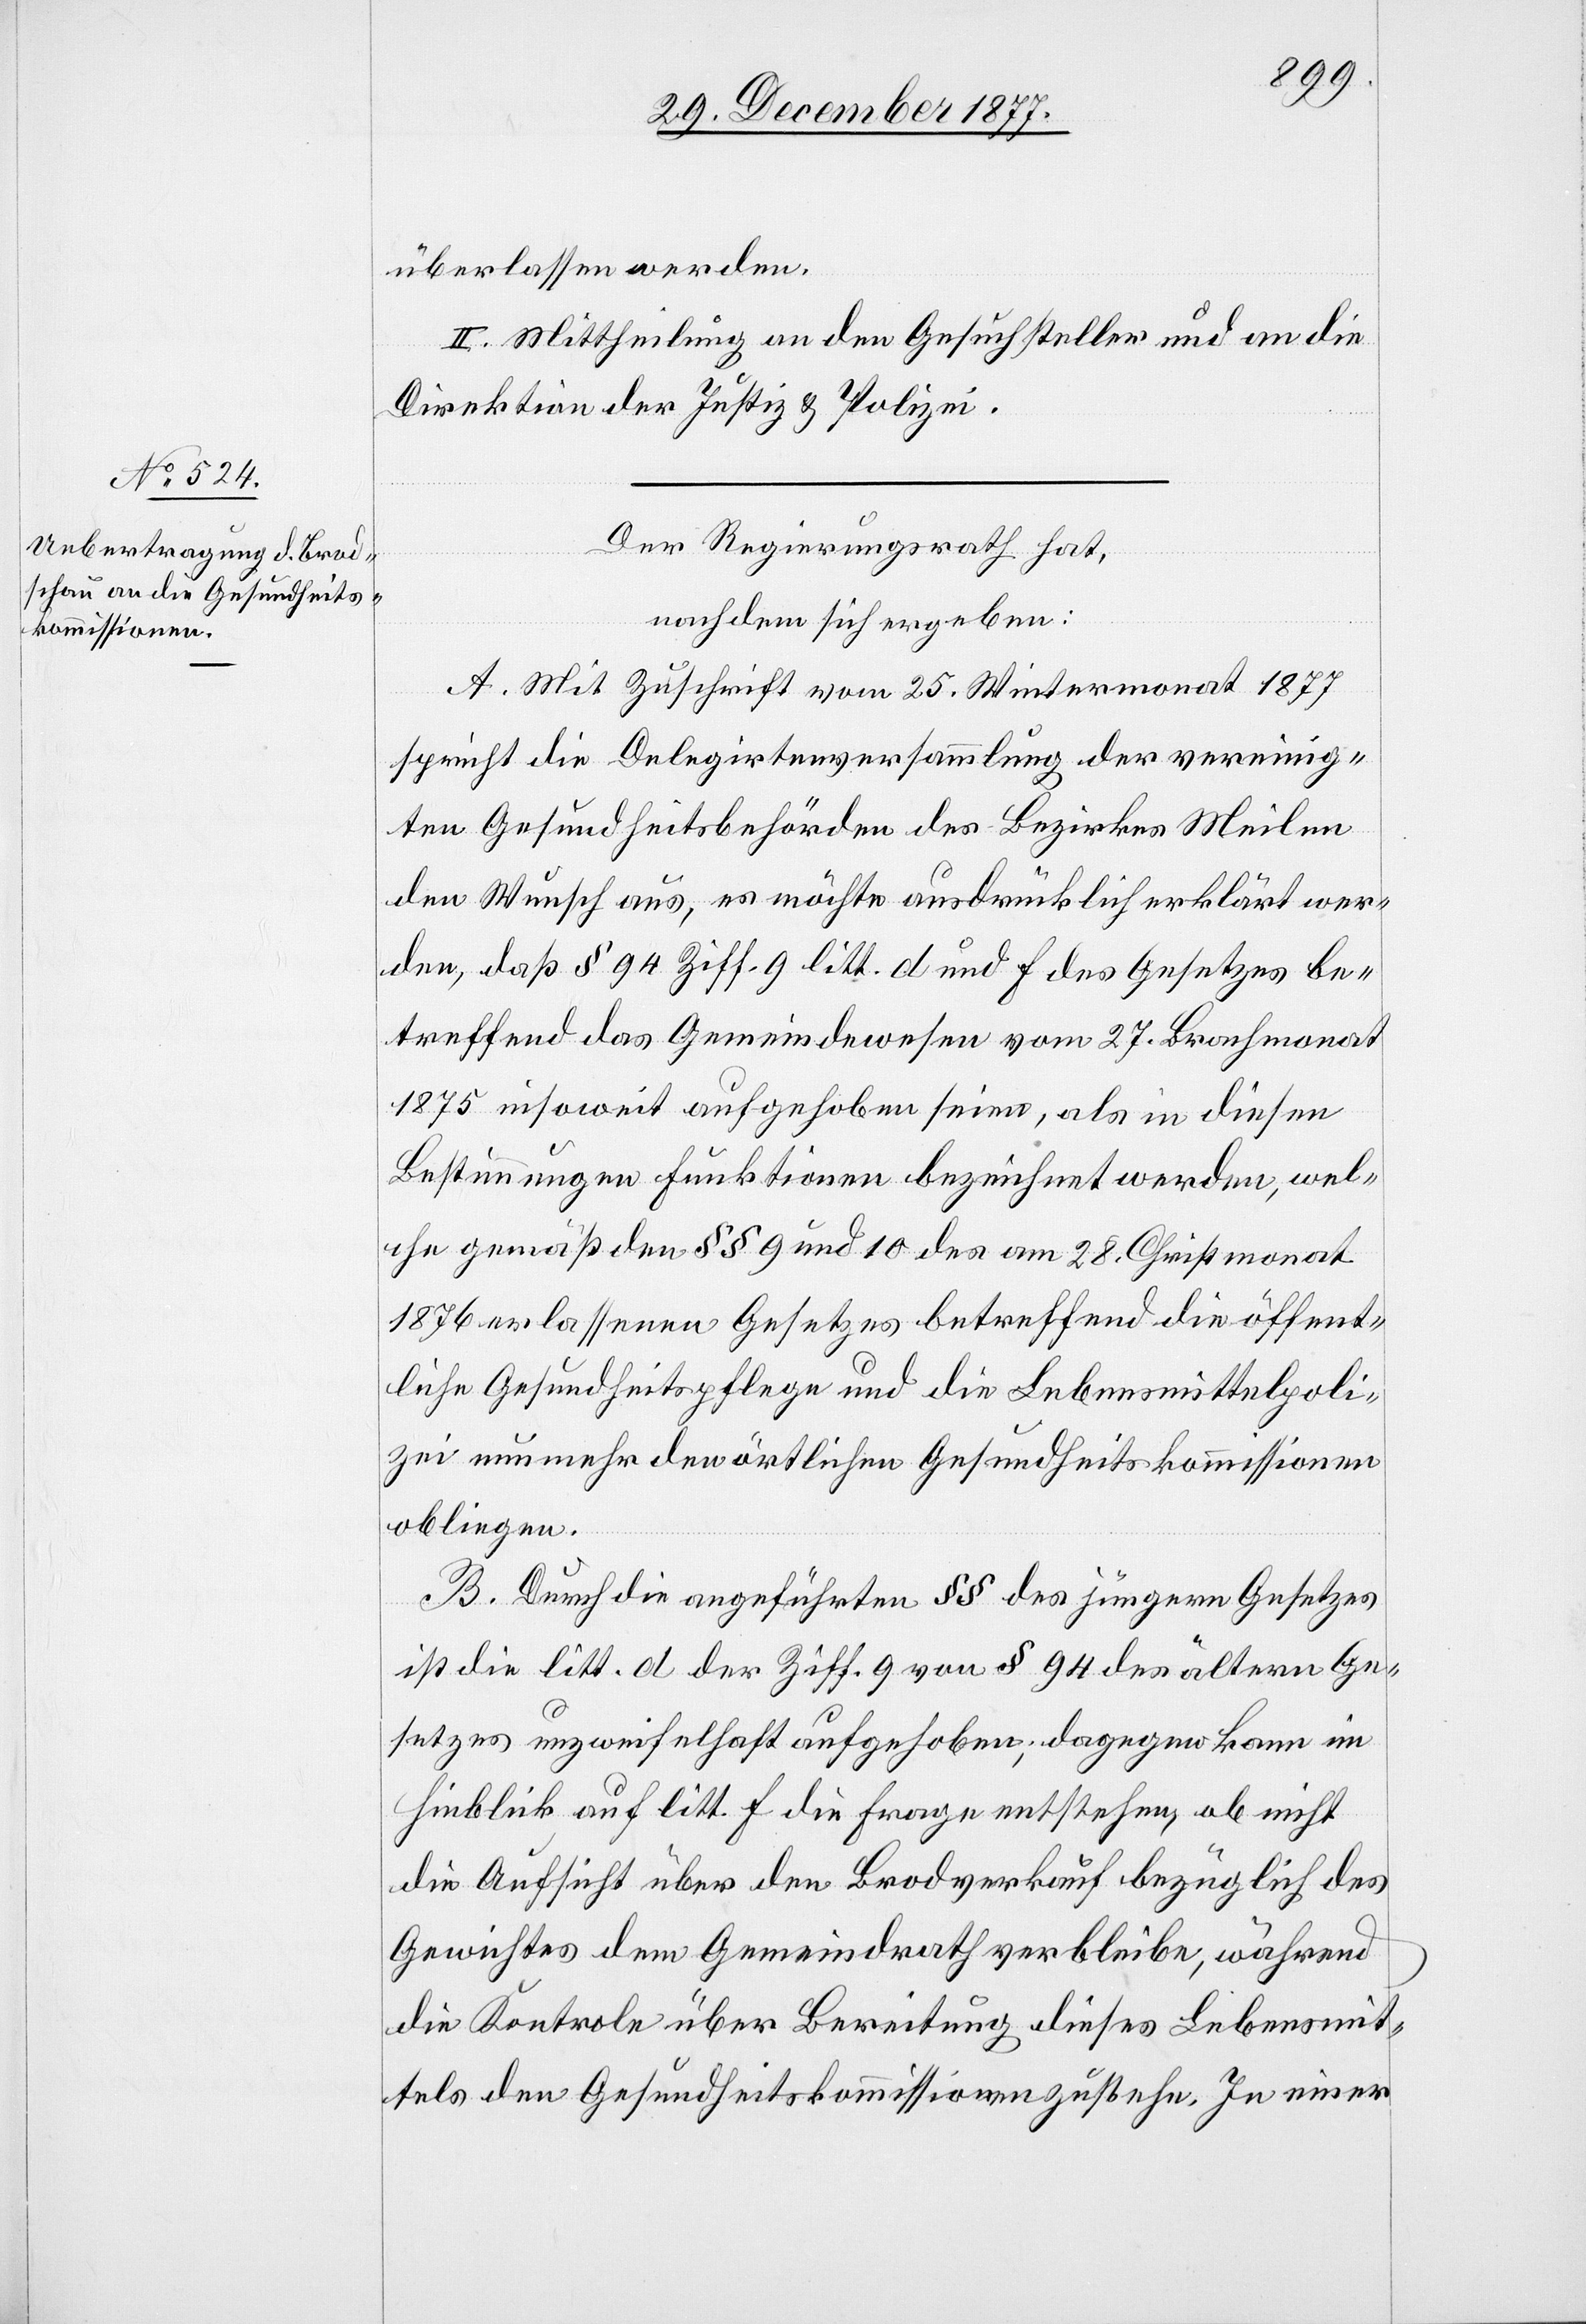
überlassen werden.
II. Mittheilung an den Gesuchsteller und an die
Direktion der Justiz & Polizei.
Der Regierungsrath hat,
nachdem sich ergeben:
A. Mit Zuschrift vom 25. Wintermonat 1877
spricht die Delegirtenversammlung der vereinig¬
ten Gesundheitsbehörden des Bezirkes Meilen
den Wunsch aus, es möchte ausdrücklich erklärt wer¬
den, daß § 94 Ziff. 9 litt. d und f des Gesetzes be¬
treffend das Gemeindewesen vom 27. Brachmonat
1875 insoweit aufgehoben seien, als in diesen
Bestimmungen Funktionen bezeichnet werden, wel¬
che gemäß den §§ 9 und 10 des am 28. Christmonat
1876 erlassenen Gesetzes betreffend die öffent¬
liche Gesundheitspflege und die Lebensmittelpoli¬
zei nunmehr den örtlichen Gesundheitskommissionen
obliegen.
B. Durch die angeführten §§ des jüngern Gesetzes
ist die litt. d der Ziff. 9 von § 94 des ältern Ge¬
setzes unzweifelhaft aufgehoben; dagegen kann im
Hinblick auf litt. f die Frage entstehen, ob nicht
die Aufsicht über den Brodverkauf bezüglich des
Gewichtes dem Gemeindrath verbleibe, während
die Kontrole über Bereitung dieses Lebensmit¬
tels den Gesundheitskommissionen zustehe. In einer